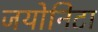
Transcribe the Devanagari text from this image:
जयोनिटा